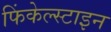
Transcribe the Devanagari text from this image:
फिंकेल्स्टाइन